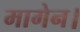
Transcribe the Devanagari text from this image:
मागेन।